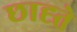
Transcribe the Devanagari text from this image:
छाह्ते